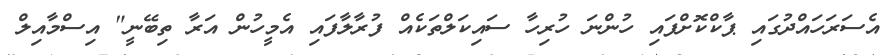
އެސަރަހައްދުގައި ޕާކްކޮށްފައި ހުންނަ ހުރިހާ ސައިކަލްތަކެއް ފުރާލާފައި އެމީހުން އަރާ ތިބޭނީ" އިސްމާއިލް